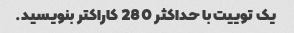
یک توییت با حداکثر 280 کاراکتر بنویسید.